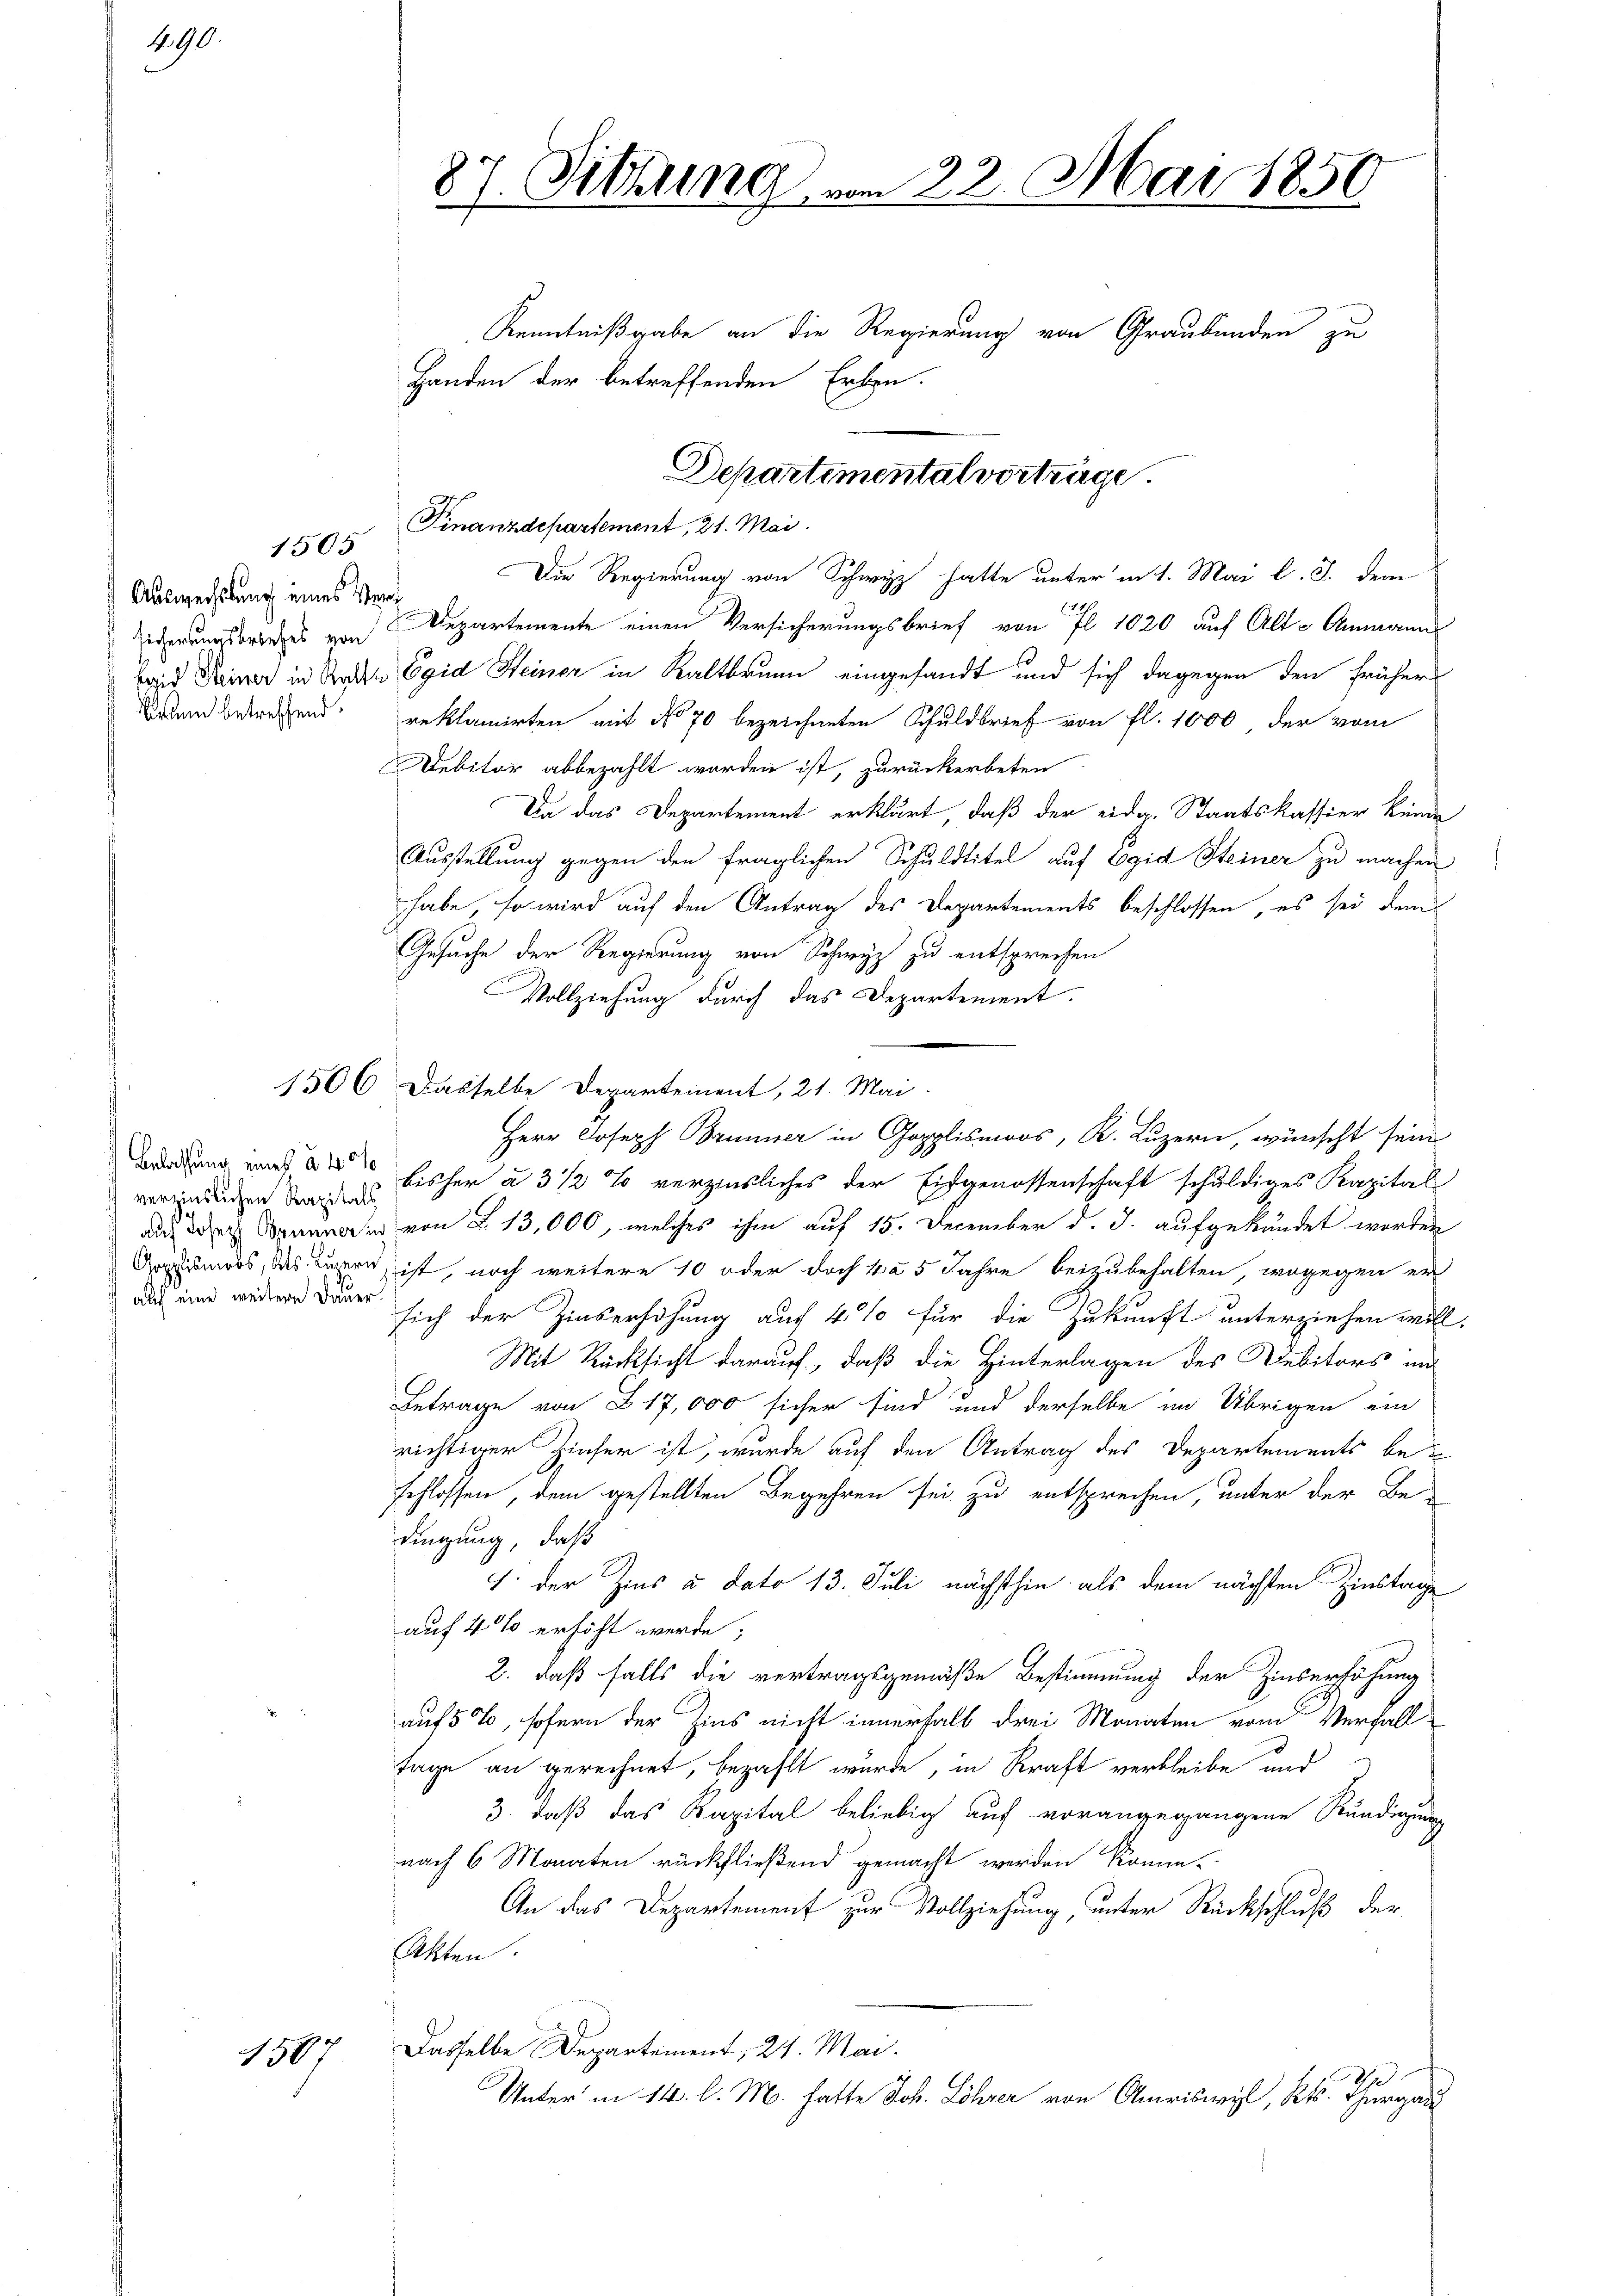
490.

Auswechslung eines Ver¬

1505

verzinslichen Kapitals

1507

Die Regierung von Schwyz hatte unter in 1. Mai l. J. dem
8
iderungsbruches von Departemente einen Versicherungsbrief von fl. 1020 auf Alt-Ammanns
Bad Keiner in Baden Egid Heiner in Kaltbrunn eingesandt und sich dagegen den früher
Baden betreffend reklamirten mit No 70 bezeichneten Schuldbrief von fl. 1000 der vom
Debitor abbezahlt worden ist, zurückerbeten
In das Departement erklärt, daß der eidg. Staatskassier keine
Ausstellung gegen den fraglichen Schuldtitel auf Egid Steiner zu machen
habe, so wird auf den Antrag des Departements beschlossen, es sei dem
Gesuche der Regierung von Schwyz zu entsprechen
Vollziehung durch das Departement.
1506 dasselbe Departement, 21. Mai.
wendung und bisher à 3 1/2 % verzinsliches der Eidgenossenschaft schuldiges Kapital
auf der Bunden von § 13,000, welches ihm auf 15. December d. J. aufgekündet worden
Argends, das unen, ist, noch weitere 10 oder doch ka 5 Jahre beizubehalten, wogegen er
 Da sich der Zinserhöhung auf 4 % für die Zukunft unterziehen will
Mit Rücksicht darauf, daß die Hinterlagen des Debitors in
Betrage von Z 17,000 sicher sind und derselbe im Übrigen ein
richtiger Zinser ist, wurde auf den Antrag des Departements beschlossen, dem gestellten Begehren sei zu entsprechen, unter der Be-
dingung, daß
1. der Zins à dato 13. Juli nächsthin als dem nächsten Zinstage
auf 4 % erhöht werde;
2. daß falls die vertragsgemäße Bestimmung der Zinserhöhung
auf 5%, sofern der Zins nicht innerhalb drei Monaten vom Verfall
Tage an gerechnet, bezahlt wurde, in Kraft verbleibe und
3., daß das Kapital beliebig auch vorangegangene Rundigung
nach 6 Monaten rückfließend gemacht werden könne.
An das Departement zur Vollziehung, unter Rückschluß der
Akten.
Dasselbe Departement, 24. Mai.
Unter in 14. l. M. hatte Joh. Lehrer von Amriswyl, Kts. Thurgau

87. Sitzung von 22. Mai 1851
Kenntnißgabe an die Regierung von Graubünden zu
Handen der betreffenden Erben.

Departimental vorträge.
Finanzdepartement, 21. Mai.

Herr Joseph Brunner in Glos, K. Luzern, wünscht sein